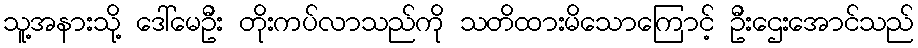
သူ့အနားသို့ ဒေါ်မေဦး တိုးကပ်လာသည်ကို သတိထားမိသောကြောင့် ဦးဌေးအောင်သည်